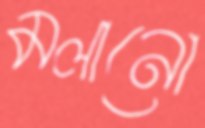
মলানো